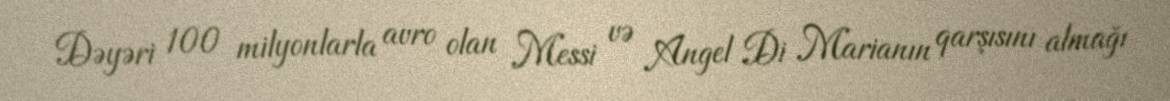
Dəyəri 100 milyonlarla avro olan Messi və Angel Di Marianın qarşısını almağı